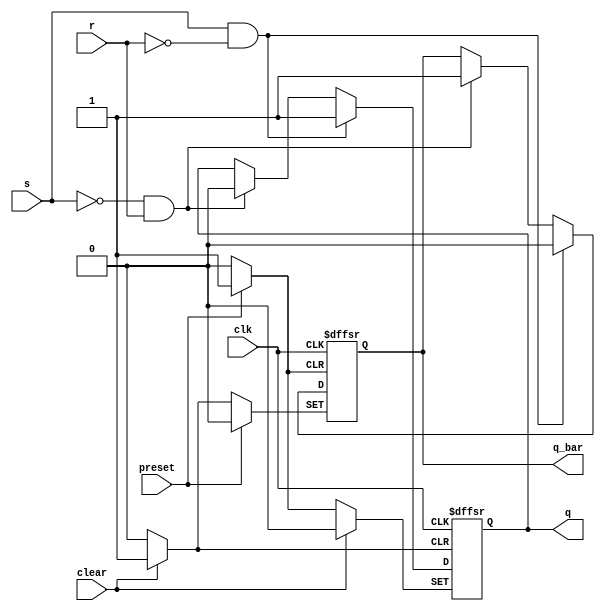
module sr_flipflop (
    input wire clk,
    input wire preset,
    input wire clear,
    input wire s,
    input wire r,
    output reg q,
    output reg q_bar
);

always @(posedge clk or posedge clear or posedge preset) begin
    if (clear) begin
        q <= 1'b0;
        q_bar <= 1'b1;
    end else if (preset) begin
        q <= 1'b1;
        q_bar <= 1'b0;
    end else begin
        if (s && !r) begin
            q <= 1'b1;
            q_bar <= 1'b0;
        end else if (!s && r) begin
            q <= 1'b0;
            q_bar <= 1'b1;
        end
    end
end

endmodule